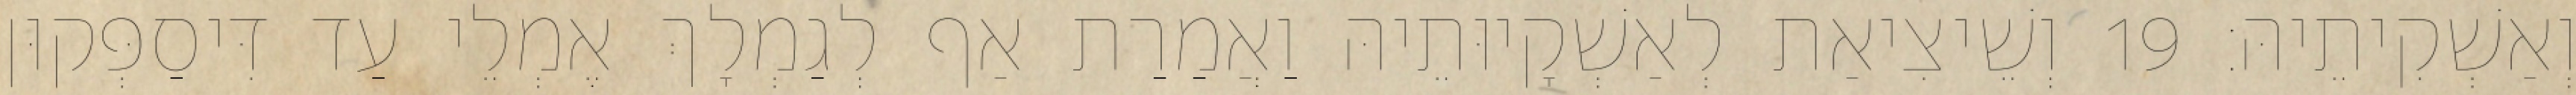
וְאַשְׁקִיתֵיהּ׃ 19 וְשֵׁיצִיאַת לְאַשְׁקָיוּתֵיהּ וַאֲמַרַת אַף לְגַמְלָךְ אֶמְלֵי עַד דִּיסַפְּקוּן